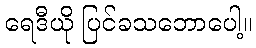
ရေဒီယို ပြင်ခသဘောပေါ့။